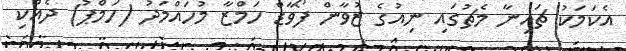
އެކަމަކު ޗައިނާ މެޗުގައި ނިއުގެ ޒުވާން ފޯވާޑް ހަމްޒާ މުހައްމަދު (ހަމްޕު) ދެއްކި